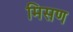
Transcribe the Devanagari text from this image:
मिसण